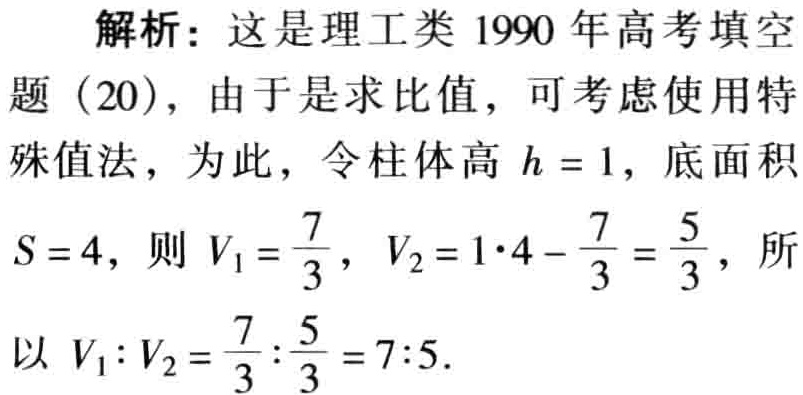
解析：这是理工类1990年高考填空题（20），由于是求比值，可考虑使用特殊值法，为此，令柱体高 \(h = 1\)，底面积 \(S = 4\)，则 \(V_1=\frac{7}{3}\)，\(V_2 = 1\cdot4-\frac{7}{3}=\frac{5}{3}\)，所以 \(V_1:V_2=\frac{7}{3}:\frac{5}{3}=7:5\)．